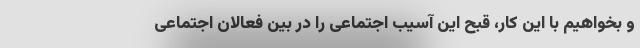
و بخواهیم با این کار، قبح این آسیب اجتماعی را در بین فعالان اجتماعی